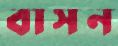
বাসন